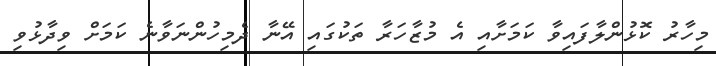
މިހާރު ކޮޅުންލާފައިވާ ކަމަށާއި އެ މުޒާހަރާ ތަކުގައި އޭނާ ދެމިހުންނަވާނެ ކަމަށް ވިދާޅުވި